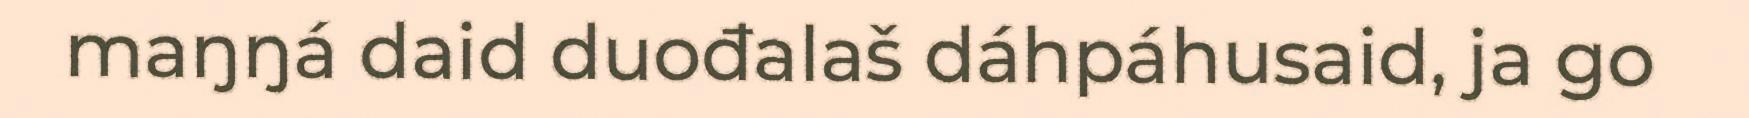
maŋŋá daid duođalaš dáhpáhusaid, ja go